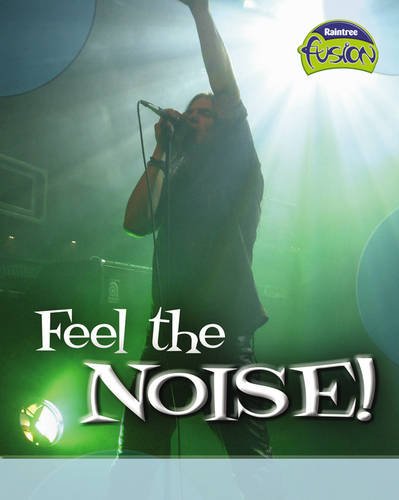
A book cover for Feel the Noise! (Fusion: Physical Processes and Materials) (Fusion: Physical Processes and Materials); A Claybourne; Children's Books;